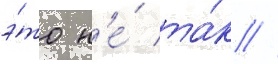
э́то н'е́ та́к //